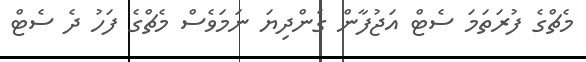
މެޗްގެ ފުރަތަމަ ސެޓް އަޖުފާން ގެންދިޔަ ނަމަވެސް މެޗްގެ ފަހު ދެ ސެޓް